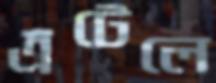
এঁটেলে